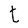
Character: t